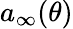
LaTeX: a_{\infty}(\theta)